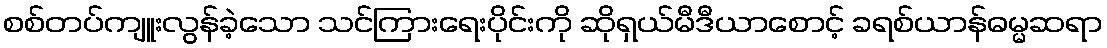
စစ်တပ်ကျူးလွန်ခဲ့သော သင်ကြားရေးပိုင်းကို ဆိုရှယ်မီဒီယာစောင့် ခရစ်ယာန်ဓမ္မဆရာ